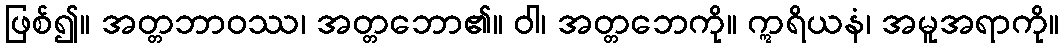
ဖြစ်၍။ အတ္တဘာဝဿ၊ အတ္တဘော၏။ ဝါ၊ အတ္တဘေကို။ ဣရိယနံ၊ အမူအရာကို။